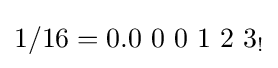
1/16=0.0\ 0\ 0\ 1\ 2\ 3_{!}